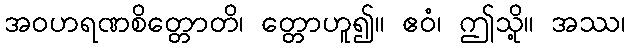
အဝဟရဏစိတ္တောတိ၊ တ္တောဟူ၍။ ဧဝံ၊ ဤသို့။ အဿ၊